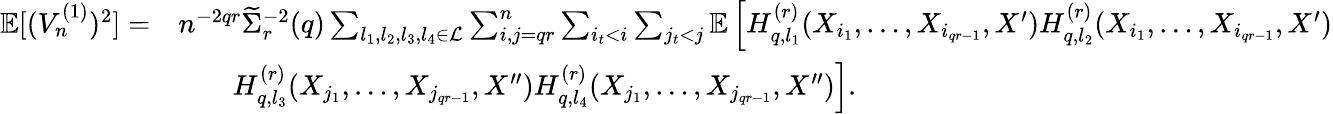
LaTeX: \begin{array}{rl}{\mathbb{E}[(V_{n}^{(1)})^{2}]=}&{n^{-2qr}\widetilde\Sigma_{r}^{-2}(q)\sum_{l_{1},l_{2},l_{3},l_{4}\in\mathcal{L}}\sum_{i,j=qr}^{n}\sum_{i_{t}<i}\sum_{j_{t}<j}\mathbb{E}\left[H_{q,l_{1}}^{(r)}(X_{i_{1}},\ldots,X_{i_{qr-1}},X^{\prime})H_{q,l_{2}}^{(r)}(X_{i_{1}},\ldots,X_{i_{qr-1}},X^{\prime})\right.}\\ &{~~~~~~~\left.H_{q,l_{3}}^{(r)}(X_{j_{1}},\ldots,X_{j_{qr-1}},X^{\prime\prime})H_{q,l_{4}}^{(r)}(X_{j_{1}},\ldots,X_{j_{qr-1}},X^{\prime\prime})\right].}\end{array}